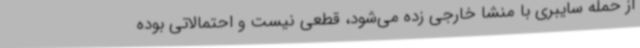
از حمله سایبری با منشا خارجی زده می‌شود، قطعی نیست و احتمالاتی بوده